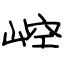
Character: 崆